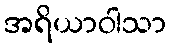
အရိယာဝါသာ